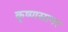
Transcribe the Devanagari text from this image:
कृष्णसागर